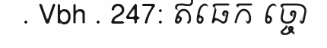
. Vbh . 247: ឥធេក ច្ចោ